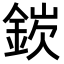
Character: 𬫘